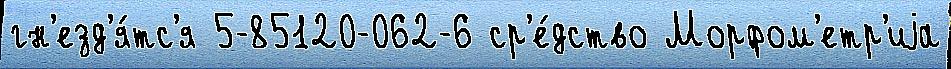
гн'езд'я́тс'я 5-85120-062-6 ср'е́дство Морфом'етр'иjа